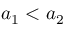
a _ { 1 } < a _ { 2 }